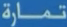
تممارة